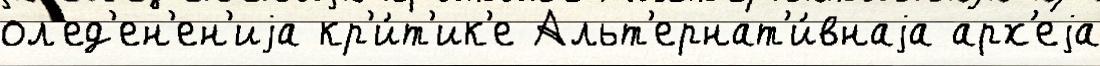
ол'ед'ен'ен'иjа кр'и́т'ик'е Альт'ернат'и́внаjа арх'еjа